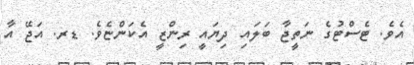
އެވެ. ޓެސްޓުގެ ނަތީޖާ ބަަލައި ދިޔައީ ރިންޒީ އެކަންޏެވެ. ޑރ. އަޖޭ އާ